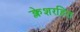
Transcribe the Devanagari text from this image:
क्लेशरहित